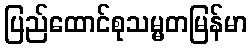
ပြည်ထောင်စုသမ္မတမြန်မာ